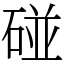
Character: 碰